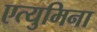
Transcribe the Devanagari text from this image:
एत्‍युमिना